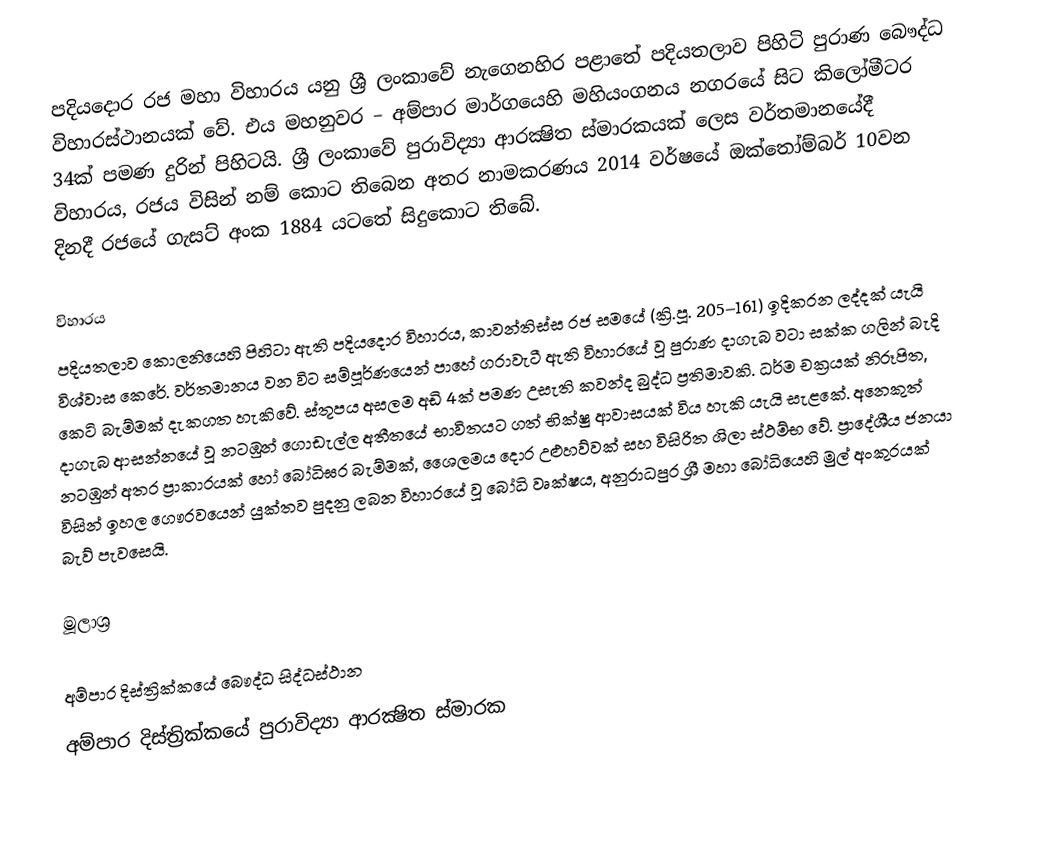
පදියදොර රජ මහා විහාරය යනු ශ්‍රී ලංකාවේ නැගෙනහිර පළාතේ පදියතලාව පිහිටි පුරාණ බෞද්ධ විහාරස්ථානයක් වේ. එය මහනුවර – අම්පාර මාර්ගයෙහි මහියංගනය නගරයේ සිට කිලෝමීටර 34ක් පමණ දුරින් පිහිටයි. ශ්‍රී ලංකාවේ පුරාවිද්‍යා ආරක්‍ෂිත ස්මාරකයක් ලෙස වර්තමානයේදී විහාරය, රජය විසින් නම් කොට තිබෙන අතර නාමකරණය 2014 වර්ෂයේ ඔක්තෝම්බර් 10වන දිනදී රජයේ ගැසට් අංක 1884 යටතේ සිදුකොට තිබේ.

විහාරය
පදියතලාව කොලනියෙහි පිහිටා ඇති පදියදොර විහාරය, කාවන්තිස්ස රජ සමයේ (ක්‍රි.පූ. 205–161) ඉදිකරන ලද්දක් යැයි විශ්වාස කෙරේ. වර්තමානය වන විට සම්පූර්ණයෙන් පාහේ ගරාවැටී ඇති විහාරයේ වූ පුරාණ දාගැබ වටා සක්ක ගලින් බැදි කෙටි බැම්මක් දැකගත හැකිවේ. ස්තූපය අසලම අඩි 4ක් පමණ උසැති කවන්ද බුද්ධ ප්‍රතිමාවකි. ධර්ම චක්‍රයක් නිරූපිත, දාගැබ ආසන්නයේ වූ නටඹුන් ගොඩැල්ල අතීතයේ භාවිතයට ගත් භික්ෂු ආවාසයක් විය හැකි යැයි සැළකේ. අනෙකුත් නටඹුන් අතර ප්‍රාකාරයක් හෝ බෝධිඝර බැම්මක්, ශෙෙලමය දොර උළුහව්වක් සහ විසිරිත ශිලා ස්ථම්භ වේ. ප්‍රාදේශීය ජනයා විසින් ඉහල ගෞරවයෙන් යුක්තව පුදනු ලබන විහාරයේ වූ බෝධි වෘක්ෂය, අනුරාධපුර ශ්‍රී මහා බෝධියෙහි මුල් අංකුරයක් බැව් පැවසෙයි.

මූලාශ්‍ර

අම්පාර දිස්ත්‍රික්කයේ බෞද්ධ සිද්ධස්ථාන‎
අම්පාර දිස්ත්‍රික්කයේ පුරාවිද්‍යා ආරක්‍ෂිත ස්මාරක